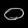
Digit: ၀